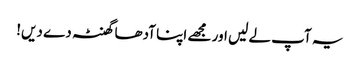
یہ آپ لے لیں اور مجھے اپنا آدھا گھنٹہ دے دیں!